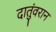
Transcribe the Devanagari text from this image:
दातुंवरान